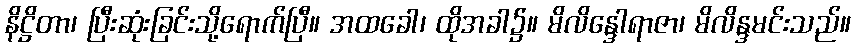
နိဋ္ဌိတာ၊ ပြီးဆုံးခြင်းသို့ရောက်ပြီ။ အထခေါ၊ ထိုအခါ၌။ မိလိန္ဒေါရာဇာ၊ မိလိန္ဒမင်းသည်။